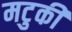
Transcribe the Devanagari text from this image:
मटुकी